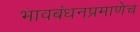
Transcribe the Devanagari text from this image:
भावबंधनप्रमाणेच